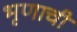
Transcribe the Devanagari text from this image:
भृणाची